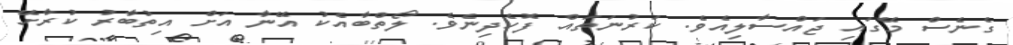
ގެނެސް މޭގައި ޖައްސާލިއެވެ. ކަރުނަތައް ފޮހެދިނެވެ. ލޯތްބާއެކު އޭނާ އަށް އިތުބާރު ކުރާށޭ